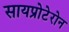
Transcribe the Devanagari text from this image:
सायप्रोटेरोन